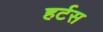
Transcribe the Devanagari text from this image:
हर्टस